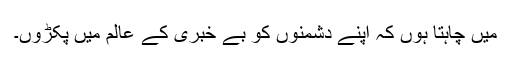
میں چاہتا ہوں کہ اپنے دشمنوں کو بے خبری کے عالم میں پکڑوں۔